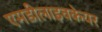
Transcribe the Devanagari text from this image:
एमडीलाइवकेयर